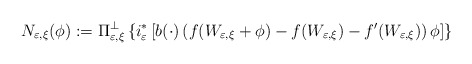
\begin{align*}N_{\varepsilon,\xi}(\phi):=\Pi_{\varepsilon,\xi}^{\bot}\left\{ i_{\varepsilon}^{\ast}\left[ b(\cdot)\left( f(W_{\varepsilon,\xi}+\phi)-f(W_{\varepsilon,\xi})-f^{\prime}(W_{\varepsilon,\xi})\right) \phi\right] \right\}\end{align*}